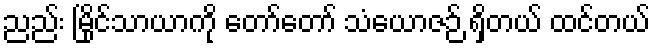
ညည်း မြိုင်သာယာကို တော်တော် သံယောဇဉ် ရှိတယ် ထင်တယ်